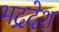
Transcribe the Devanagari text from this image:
भद्रदेश